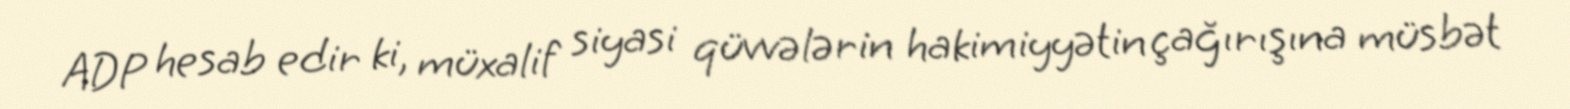
ADP hesab edir ki, müxalif siyasi qüvvələrin hakimiyyətin çağırışına müsbət